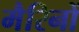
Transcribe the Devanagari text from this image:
मैरिनों